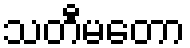
သတီမတော